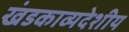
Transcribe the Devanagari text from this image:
खंडकाव्यदेशीय